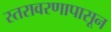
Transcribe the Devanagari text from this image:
स्तरावरणापासून